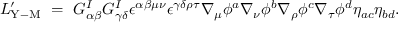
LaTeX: { \cal L } _ { \mathrm { Y - M } } ^ { \prime } ~ = ~ G _ { \alpha \beta } ^ { I } G _ { \gamma \delta } ^ { I } \epsilon ^ { \alpha \beta \mu \nu } \epsilon ^ { \gamma \delta \rho \tau } \nabla _ { \mu } \phi ^ { a } \nabla _ { \nu } \phi ^ { b } \nabla _ { \rho } \phi ^ { c } \nabla _ { \tau } \phi ^ { d } \eta _ { a c } \eta _ { b d } .